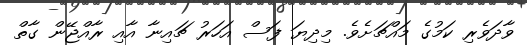
ވާދަވެރި ކަމުގެ މައްޗަށެވެ. މިދިޔަ ފަސް އަހަރު ޗައިނާ އާއި ރާއްޖޭން ގާތް